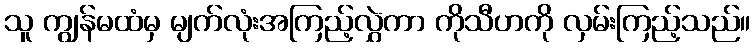
သူ ကျွန်မထံမှ မျက်လုံးအကြည့်လွှဲကာ ကိုသီဟကို လှမ်းကြည့်သည်။